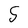
Character: 5